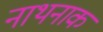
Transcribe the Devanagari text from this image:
नाथनाक